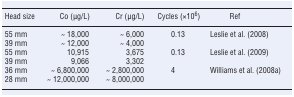
| Head size | Co (μg/L) | Cr (μg/L) | Cycles (×106) | Ref |
 | --- | --- | --- | --- | --- |
 | 55 mm | ∼ 18,000 | ∼ 6,000 | 0.13 | Leslie et al. (2008) |
 | 39 mm | ∼ 12,000 | ∼ 4,000 |  |  |
 | 55 mm | 10,915 | 3,675 | 0.13 | Leslie et al. (2009) |
 | 39 mm | 9,066 | 3,302 |  |  |
 | 36 mm | ∼ 6,800,000 | ∼ 2,800,000 | 4 | Williams et al. (2008a) |
 | 28 mm | ∼ 12,000,000 | ∼ 8,000,000 |  |  |